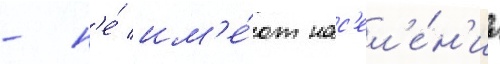
- н'е́ им'е́ют нас'ел'е́н'иа